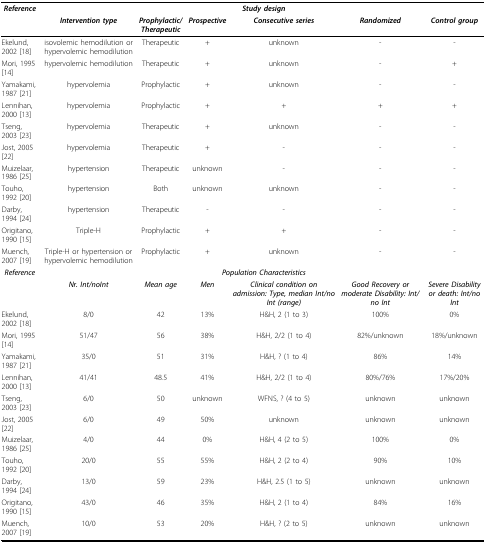
<table><thead><tr><td><b><i>Reference</i></b></td><td colspan="6"><b><i>Study design</i></b></td></tr><tr><td></td><td><b><i>Intervention type</i></b></td><td><b><i>Prophylactic/Therapeutic</i></b></td><td><b><i>Prospective</i></b></td><td><b><i>Consecutive series</i></b></td><td><b><i>Randomized</i></b></td><td><b><i>Control group</i></b></td></tr></thead><tbody><tr><td>Ekelund, 2002 [18]</td><td>isovolemic hemodilution or hypervolemic hemodilution</td><td>Therapeutic</td><td>+</td><td>unknown</td><td>-</td><td>-</td></tr><tr><td>Mori, 1995 [14]</td><td>hypervolemic hemodilution</td><td>Therapeutic</td><td>+</td><td>unknown</td><td>-</td><td>+</td></tr><tr><td>Yamakami, 1987 [21]</td><td>hypervolemia</td><td>Prophylactic</td><td>+</td><td>unknown</td><td>-</td><td>-</td></tr><tr><td>Lennihan, 2000 [13]</td><td>hypervolemia</td><td>Prophylactic</td><td>+</td><td>+</td><td>+</td><td>+</td></tr><tr><td>Tseng, 2003 [23]</td><td>hypervolemia</td><td>Therapeutic</td><td>+</td><td>unknown</td><td>-</td><td>-</td></tr><tr><td>Jost, 2005 [22]</td><td>hypervolemia</td><td>Therapeutic</td><td>+</td><td>-</td><td>-</td><td>-</td></tr><tr><td>Muizelaar, 1986 [25]</td><td>hypertension</td><td>Therapeutic</td><td>unknown</td><td>-</td><td>-</td><td>-</td></tr><tr><td>Touho, 1992 [20]</td><td>hypertension</td><td>Both</td><td>unknown</td><td>unknown</td><td>-</td><td>-</td></tr><tr><td>Darby, 1994 [24]</td><td>hypertension</td><td>Therapeutic</td><td>-</td><td>-</td><td>-</td><td>-</td></tr><tr><td>Origitano, 1990 [15]</td><td>Triple-H</td><td>Prophylactic</td><td>+</td><td>+</td><td>-</td><td>-</td></tr><tr><td>Muench, 2007 [19]</td><td>Triple-H or hypertension or hypervolemic hemodilution</td><td>Prophylactic</td><td>+</td><td>unknown</td><td>-</td><td>-</td></tr><tr><td><b><i>Reference</i></b></td><td colspan="6"><b><i>Population Characteristics</i></b></td></tr><tr><td></td><td><b><i>Nr. Int/noInt</i></b></td><td><b><i>Mean age</i></b></td><td><b><i>Men</i></b></td><td><b><i>Clinical condition on admission: Type, median Int/no Int (range)</i></b></td><td><b><i>Good Recovery or moderate Disability: Int/no Int</i></b></td><td><b><i>Severe Disability or death: Int/no Int</i></b></td></tr><tr><td>Ekelund, 2002 [18]</td><td>8/0</td><td>42</td><td>13%</td><td>H&amp;H, 2 (1 to 3)</td><td>100%</td><td>0%</td></tr><tr><td>Mori, 1995 [14]</td><td>51/47</td><td>56</td><td>38%</td><td>H&amp;H, 2/2 (1 to 4)</td><td>82%/unknown</td><td>18%/unknown</td></tr><tr><td>Yamakami, 1987 [21]</td><td>35/0</td><td>51</td><td>31%</td><td>H&amp;H, ? (1 to 4)</td><td>86%</td><td>14%</td></tr><tr><td>Lennihan, 2000 [13]</td><td>41/41</td><td>48.5</td><td>41%</td><td>H&amp;H, 2/2 (1 to 4)</td><td>80%/76%</td><td>17%/20%</td></tr><tr><td>Tseng, 2003 [23]</td><td>6/0</td><td>50</td><td>unknown</td><td>WFNS, ? (4 to 5)</td><td>unknown</td><td>unknown</td></tr><tr><td>Jost, 2005 [22]</td><td>6/0</td><td>49</td><td>50%</td><td>unknown</td><td>unknown</td><td>unknown</td></tr><tr><td>Muizelaar, 1986 [25]</td><td>4/0</td><td>44</td><td>0%</td><td>H&amp;H, 4 (2 to 5)</td><td>100%</td><td>0%</td></tr><tr><td>Touho, 1992 [20]</td><td>20/0</td><td>55</td><td>55%</td><td>H&amp;H, 2 (2 to 4)</td><td>90%</td><td>10%</td></tr><tr><td>Darby, 1994 [24]</td><td>13/0</td><td>59</td><td>23%</td><td>H&amp;H, 2.5 (1 to 5)</td><td>unknown</td><td>unknown</td></tr><tr><td>Origitano, 1990 [15]</td><td>43/0</td><td>46</td><td>35%</td><td>H&amp;H, 2 (1 to 4)</td><td>84%</td><td>16%</td></tr><tr><td>Muench, 2007 [19]</td><td>10/0</td><td>53</td><td>20%</td><td>H&amp;H, ? (2 to 5)</td><td>unknown</td><td>unknown</td></tr></tbody></table>